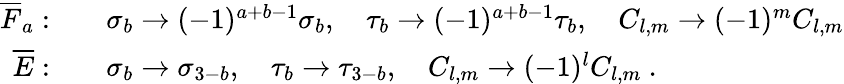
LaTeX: \begin{array}{rl}{\overline{{F}}_{a}:}&{\quad\sigma_{b}\to(-1)^{a+b-1}\sigma_{b},\quad\tau_{b}\to(-1)^{a+b-1}\tau_{b},\quad{C}_{l,m}\to(-1)^{m}{C}_{l,m}}\\ {\overline{{E}}:}&{\quad\sigma_{b}\to\sigma_{3-b},\quad\tau_{b}\to\tau_{3-b},\quad{C}_{l,m}\to(-1)^{l}{C}_{l,m}\ .}\end{array}